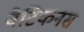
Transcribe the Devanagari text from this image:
वैटिकनस